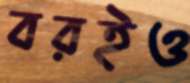
বরইও